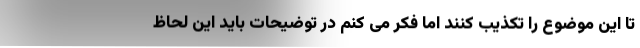
تا این موضوع را تکذیب کنند اما فکر می کنم در توضیحات باید این لحاظ